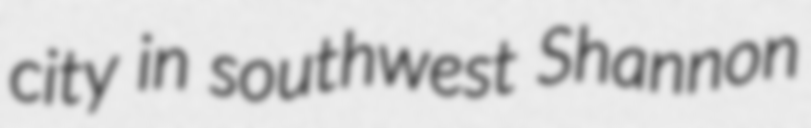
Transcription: city in southwest Shannon